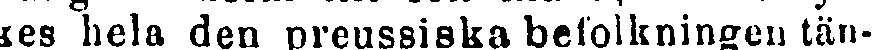
kes hela den preussiska befolkningen tän-